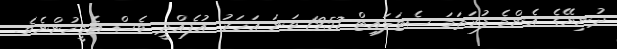
ދުނިޔޭގެ އެންމެ ފުރަތަމަ ސެޓަލައިޓް 1957 ވަނަ އަހަރު އުފެއްދީ ވެސް އެމީހުންނެވެ.